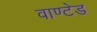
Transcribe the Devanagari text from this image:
वाण्टेड